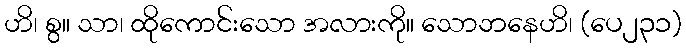
ဟိ၊ စွ။ သာ၊ ထိုကောင်းသော အလားကို။ သောဘနေဟိ၊ (ပေ၂၃၁)